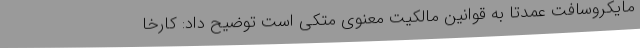
مایکروسافت عمدتا به قوانین مالکیت معنوی متکی است توضیح داد: کارخا